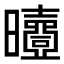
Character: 𣌐